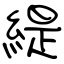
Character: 緹